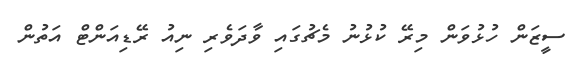
ސީޒަން ހުޅުވަން މިރޭ ކުޅުނު މެޗުގައި ވާދަވެރި ނިއު ރޭޑިއަންޓް އަތުން